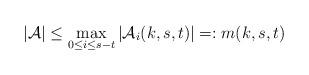
LaTeX: \begin{align*} |\mathcal A|\le \max_{0\le i\le s-t}|\mathcal A_i(k,s,t)|=:m(k,s,t)\ \ \ \ \ \end{align*}